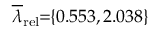
\! \! \! \overline { { \lambda } } _ { \mathrm { { r e l } } } \! \! = \! \! \{ 0 . 5 5 3 , 2 . 0 3 8 \} \! \! \!